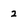
Character: 2